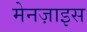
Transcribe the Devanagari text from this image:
मेनज़ाइस